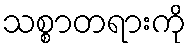
သစ္စာတရားကို